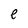
Character: e